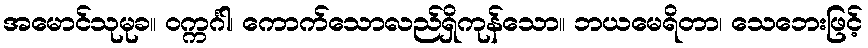
အမောင်သုမုခ။ ဝက္ကင်္ဂါ၊ ကောက်သောလည်ရှိကုန်သော။ ဘယမေရိတာ၊ သေဘေးဖြင့်